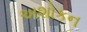
અશોકન